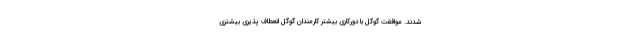
شدند. موافقت گوگل با دورکاری بیشتر کارمندان گوگل انعطاف پذیری بیشتری